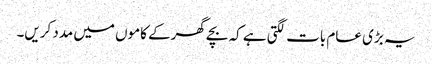
یہ بڑی عام بات لگتی ہے کہ بچے گھرکے کاموں میں مدد کریں۔